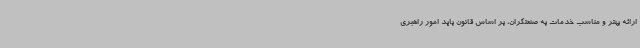
ارائه بهتر و مناسب خدمات به صنعتگران، بر اساس قانون باید امور راهبری